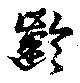
齡